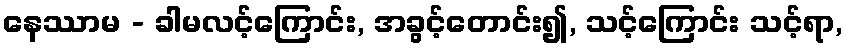
နေဿာမ - ခါမလင့်ကြောင်း, အခွင့်တောင်း၍, သင့်ကြောင်း သင့်ရာ,